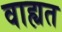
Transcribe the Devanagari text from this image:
वाह्यत